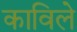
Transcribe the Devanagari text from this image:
काविले